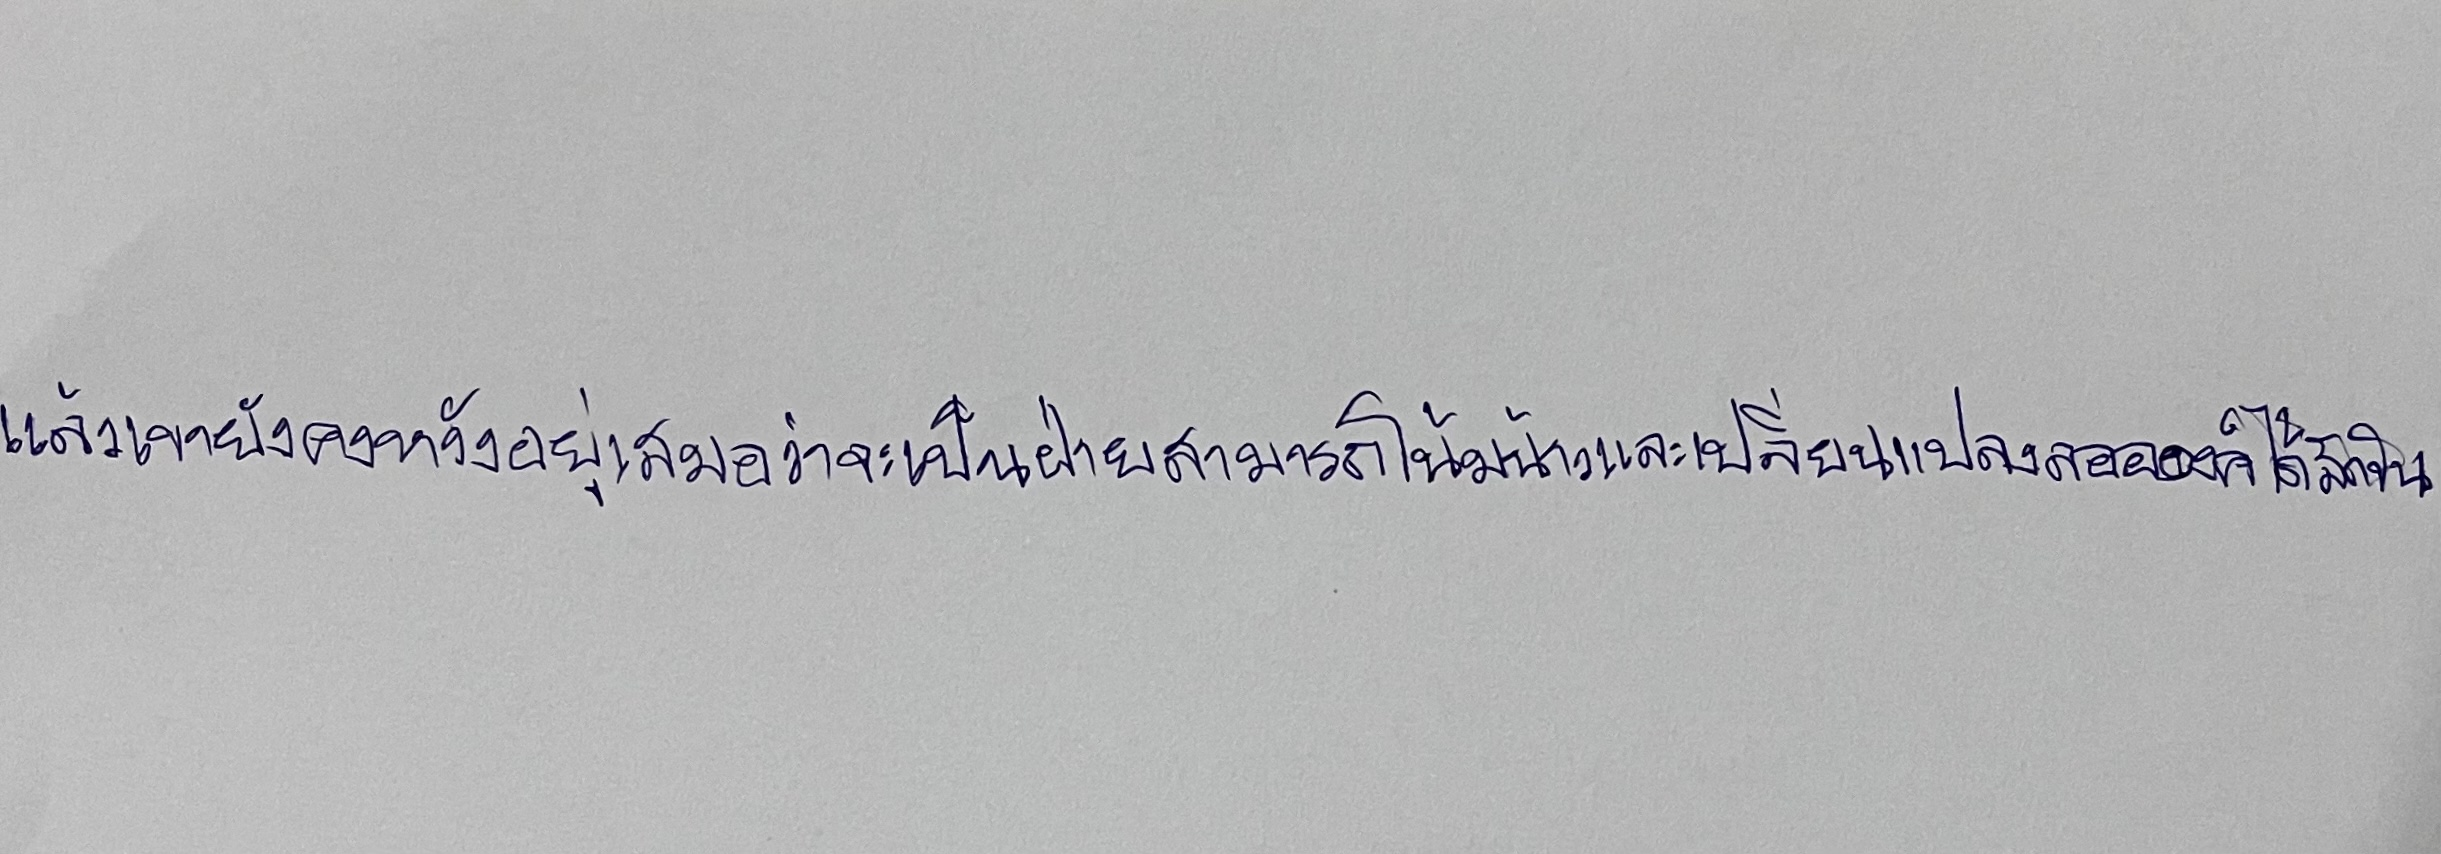
แล้วเขายังคงหวังอยู่เสมอว่าจะเป็นฝ่ายสามารถโน้มน้าวและเปลี่ยนแปลงลออองค์ได้สักวัน